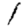
Digit: 1